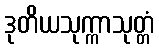
ဒုတိယသုက္ကာသုတ္တံ